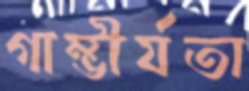
গাম্ভীর্যতা